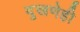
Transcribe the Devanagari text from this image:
दुखणेही